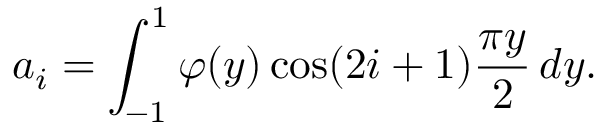
a _ { i } = \int _ { - 1 } ^ { 1 } \varphi ( y ) \cos ( 2 i + 1 ) { \frac { \pi y } { 2 } } \, d y .